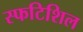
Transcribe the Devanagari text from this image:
स्फटिशिल